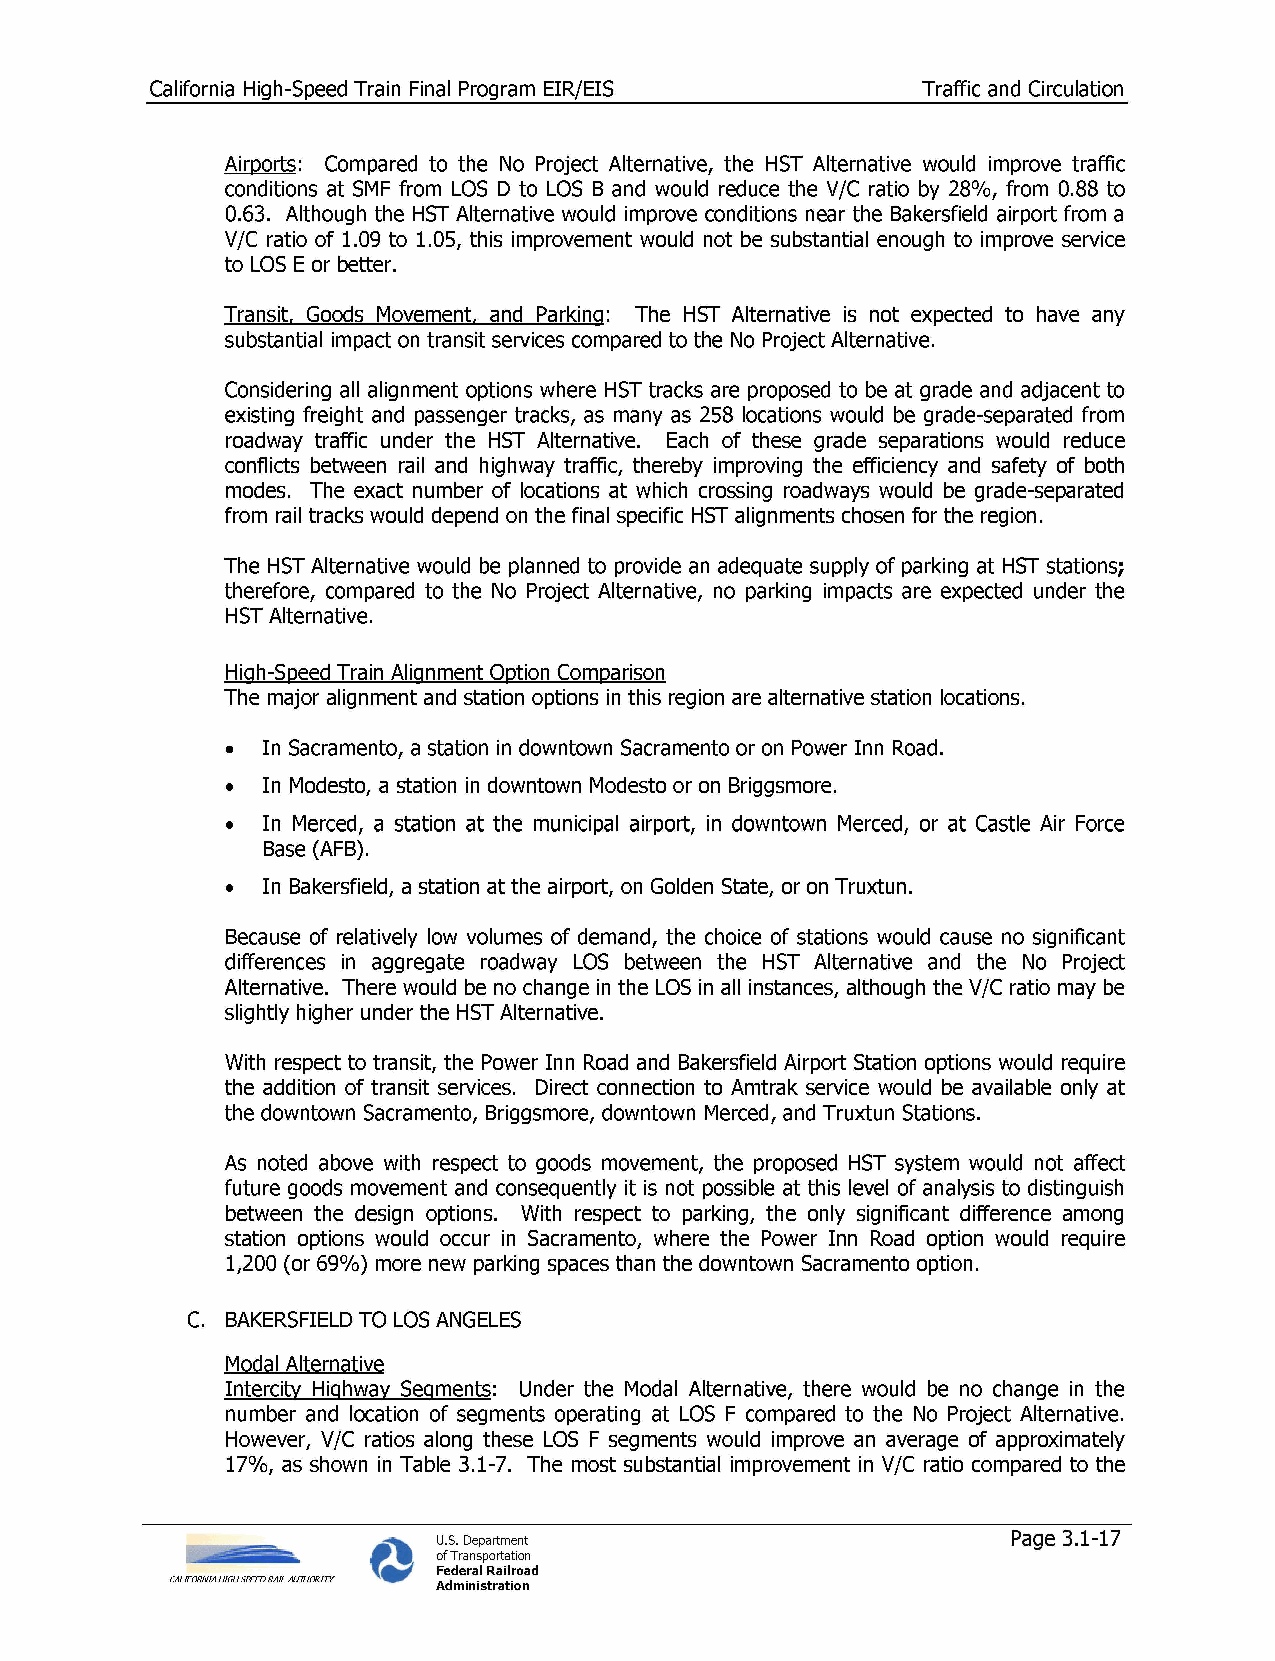
California High-Speed Train Final Program EIR/EIS  Traffic and Circulation
 Airports: Compared to the No Project Alternative, the HST Alternative would improve traffic
 conditions at SMF from LOS D to LOS B and would reduce the V/C ratio by 28%, from 0.88 to
 0.63. Although the HST Alternative would improve conditions near the Bakersfield airport from a
 V/C ratio of 1.09 to 1.05, this improvement would not be substantial enough to improve service
 to LOS E or better.
 Transit, Goods Movement, and Parking: The HST Alternative is not expected to have any
 substantial impact on transit services compared to the No Project Alternative.
 Considering all alignment options where HST tracks are proposed to be at grade and adjacent to
 existing freight and passenger tracks, as many as 258 locations would be grade-separated from
 roadway traffic under the HST Alternative. Each of these grade separations would reduce
 conflicts between rail and highway traffic, thereby improving the efficiency and safety of both
 modes. The exact number of locations at which crossing roadways would be grade-separated
 from rail tracks would depend on the final specific HST alignments chosen for the region.
 The HST Alternative would be planned to provide an adequate supply of parking at HST stations;
 therefore, compared to the No Project Alternative, no parking impacts are expected under the
 HST Alternative.
 High-Speed Train Alignment Option Comparison
 The major alignment and station options in this region are alternative station locations.
 • In Sacramento, a station in downtown Sacramento or on Power Inn Road.
 • In Modesto, a station in downtown Modesto or on Briggsmore.
 • In Merced, a station at the municipal airport, in downtown Merced, or at Castle Air Force
 Base (AFB).
 • In Bakersfield, a station at the airport, on Golden State, or on Truxtun.
 Because of relatively low volumes of demand, the choice of stations would cause no significant
 differences in aggregate roadway LOS between the HST Alternative and the No Project
 Alternative. There would be no change in the LOS in all instances, although the V/C ratio may be
 slightly higher under the HST Alternative.
 With respect to transit, the Power Inn Road and Bakersfield Airport Station options would require
 the addition of transit services. Direct connection to Amtrak service would be available only at
 the downtown Sacramento, Briggsmore, downtown Merced, and Truxtun Stations.
 As noted above with respect to goods movement, the proposed HST system would not affect
 future goods movement and consequently it is not possible at this level of analysis to distinguish
 between the design options. With respect to parking, the only significant difference among
 station options would occur in Sacramento, where the Power Inn Road option would require
 1,200 (or 69%) more new parking spaces than the downtown Sacramento option.
 C. BAKERSFIELD TO LOS ANGELES
 Modal Alternative
 Intercity Highway Segments: Under the Modal Alternative, there would be no change in the
 number and location of segments operating at LOS F compared to the No Project Alternative.
 However, V/C ratios along these LOS F segments would improve an average of approximately
 17%, as shown in Table 3.1-7. The most substantial improvement in V/C ratio compared to the
 U.S. Department                       Page 3.1-17
 of Transportation
 Federal Railroad
 CALIFORNIA HIGH SPEED RAIL AUTHORITY Administration